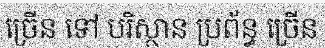
ច្រើន ទៅ បរិស្ថាន ប្រព័ន្ធ ច្រើន